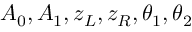
A _ { 0 } , A _ { 1 } , z _ { L } , z _ { R } , \theta _ { 1 } , \theta _ { 2 }